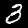
Label: 3